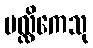
မလ္လိကေသု